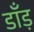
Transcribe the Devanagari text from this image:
डाँड़